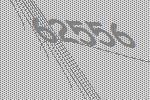
62556